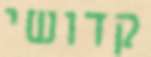
קדושי